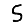
Digit: 5